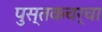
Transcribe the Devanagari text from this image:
पुस्तकचर्चा